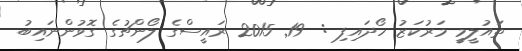
ތައުލީމީ މަރުކަޒު ހޯދައިފި :  19